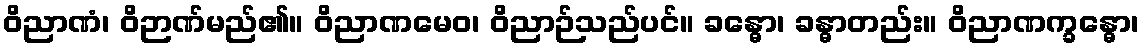
ဝိညာဏံ၊ ဝိဉာဏ်မည်၏။ ဝိညာဏမေဝ၊ ဝိညာဉ်သည်ပင်။ ခန္ဓော၊ ခန္ဓာတည်း။ ဝိညာဏက္ခန္ဓော၊